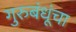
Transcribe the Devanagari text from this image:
गुरुबंधूंचा